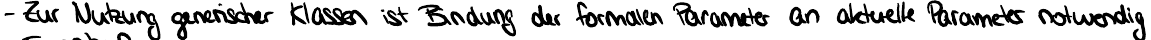
- Zur Nutzung generischer Klassen ist Bindung der formalen Parameter an aktuelle Parameter notwendig